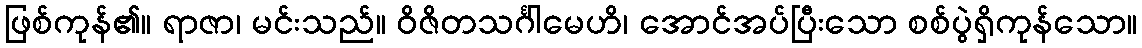
ဖြစ်ကုန်၏။ ရာဇာ၊ မင်းသည်။ ဝိဇိတသင်္ဂါမေဟိ၊ အောင်အပ်ပြီးသော စစ်ပွဲရှိကုန်သော။